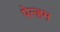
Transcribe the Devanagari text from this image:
पेल्हम